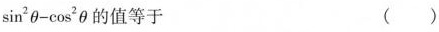
$$\sin^ { 2 } \theta - \cos^ { 2 } \theta$$的值等于 （ ）